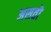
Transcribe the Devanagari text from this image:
असतॊ